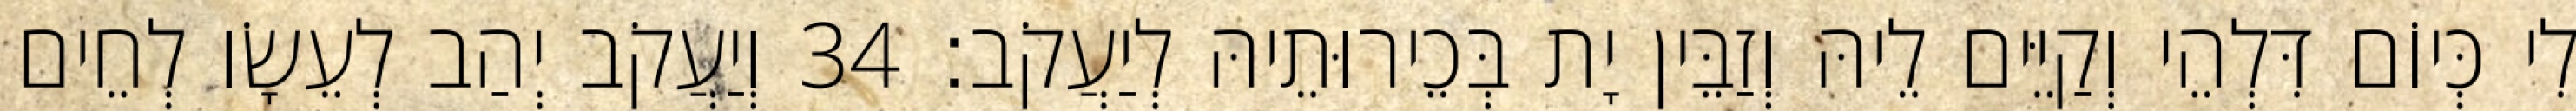
לִי כְּיוֹם דִּלְהֵי וְקַיֵּים לֵיהּ וְזַבֵּין יָת בְּכֵירוּתֵיהּ לְיַעֲקֹב׃ 34 וְיַעֲקֹב יְהַב לְעֵשָׂו לְחֵים